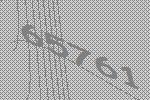
65761